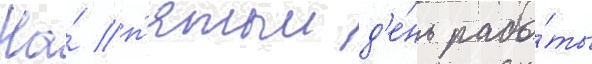
На́ п'ятыи д'е́нь рабо́ты